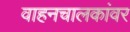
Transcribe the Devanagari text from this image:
वाहनचालकांवर